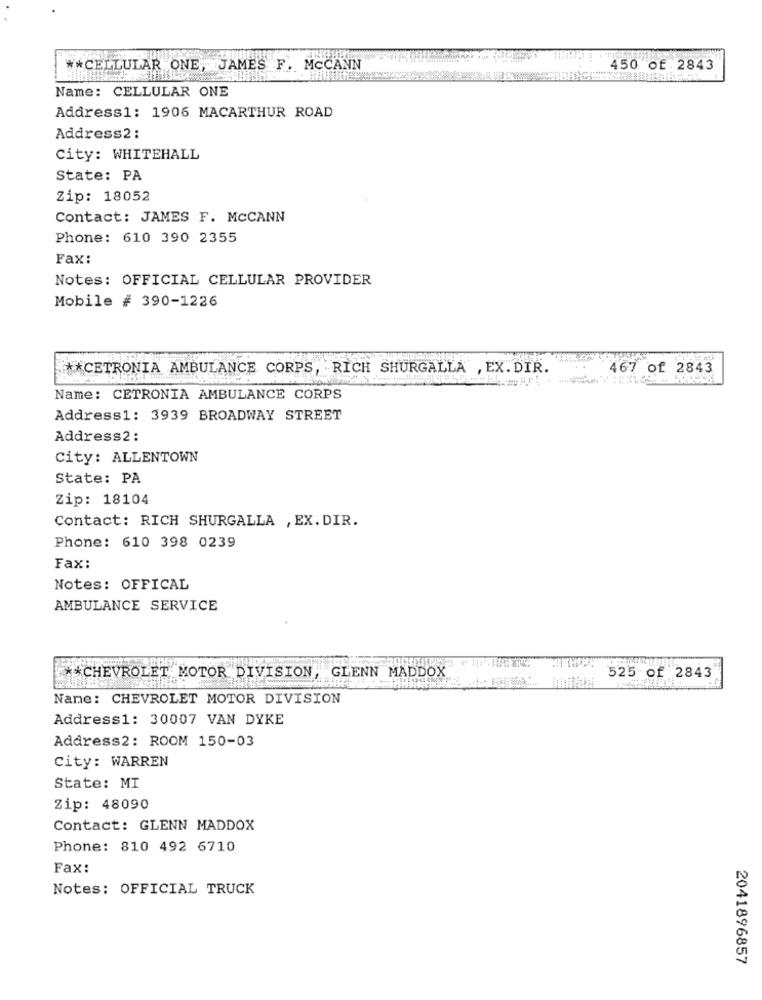
* * CELLULAR ONE, JAMES F. MCCANN
450 of. 2843
Name: CELLULAR ONE
Address1: 1906 MACARTHUR ROAD
Address2 :
City: WHITEHALL
State: PA
Zip: 18052
Contact: JAMES F. MCCANN
Phone: 610 390 2355
Fax:
Notes: OFFICIAL CELLULAR PROVIDER
Mobile # 390-1226
** CETRONIA AMBULANCE CORPS, RICH SHURGALLA , EX. DIR.
467 of 2843
Name: CETRONIA AMBULANCE CORPS
Address1: 3939 BROADWAY STREET
Address2:
City: ALLENTOWN
State: PA
Zip: 18104
Contact: RICH SHURGALLA , EX. DIR.
Phone: 610 398 0239
Fax:
Notes: OFFICAL
AMBULANCE SERVICE
** CHEVROLET MOTOR DIVISION, GLENN MADDOX
525 of 2843
Name: CHEVROLET MOTOR DIVISION
Address1: 30007 VAN DYKE
Address2: ROOM 150-03
City: WARREN
State: MI
Zip: 48090
Contact: GLENN MADDOX
Phone: 810 492 6710
Fax:
Notes: OFFICIAL TRUCK
2041896857